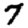
Digit: 7